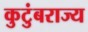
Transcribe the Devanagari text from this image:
कुटुंबराज्य